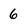
Character: 6